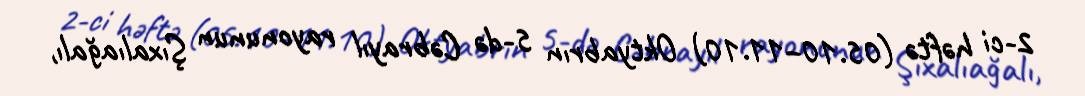
2-ci həftə (05.10–11.10) Oktyabrın 5-də Cəbrayıl rayonunun Şıxalıağalı,